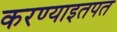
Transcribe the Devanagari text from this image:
करण्याइतपत